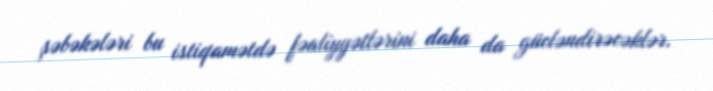
şəbəkələri bu istiqamətdə fəaliyyətlərini daha da gücləndirəcəklər.